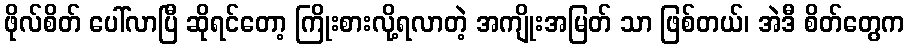
ဖိုလ်စိတ် ပေါ်လာပြီ ဆိုရင်တော့ ကြိုးစားလို့ရလာတဲ့ အကျိုးအမြတ် သာ ဖြစ်တယ်၊ အဲဒီ စိတ်တွေက